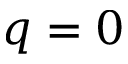
q = 0